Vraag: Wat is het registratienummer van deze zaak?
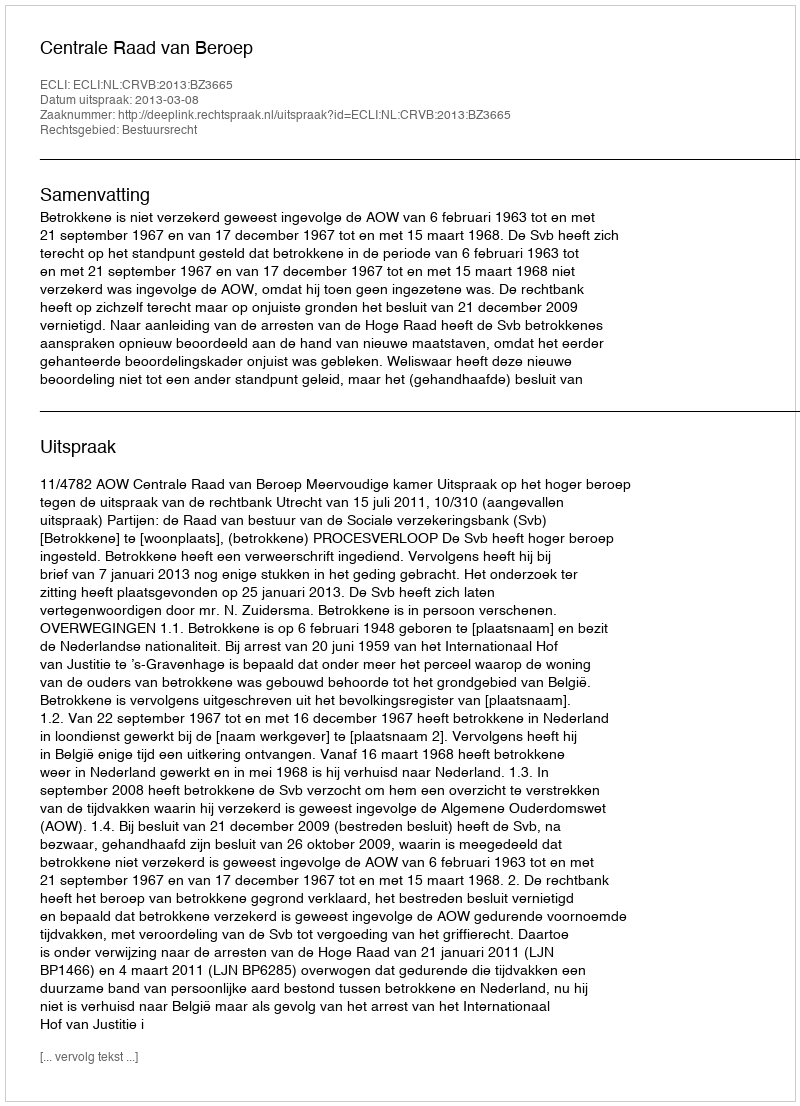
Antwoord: http://deeplink.rechtspraak.nl/uitspraak?id=ECLI:NL:CRVB:2013:BZ3665